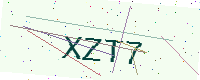
Text: XZT7